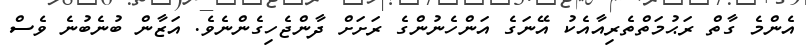
އެންމެ ގާތް ރަޙުމަތްތެރިއާއެކު އޭނަގެ އަންހެނުންގެ ރަށަށް ދާންޖެހިގެންނެވެ. އަޒާން ބުނެބުނެ ވެސް